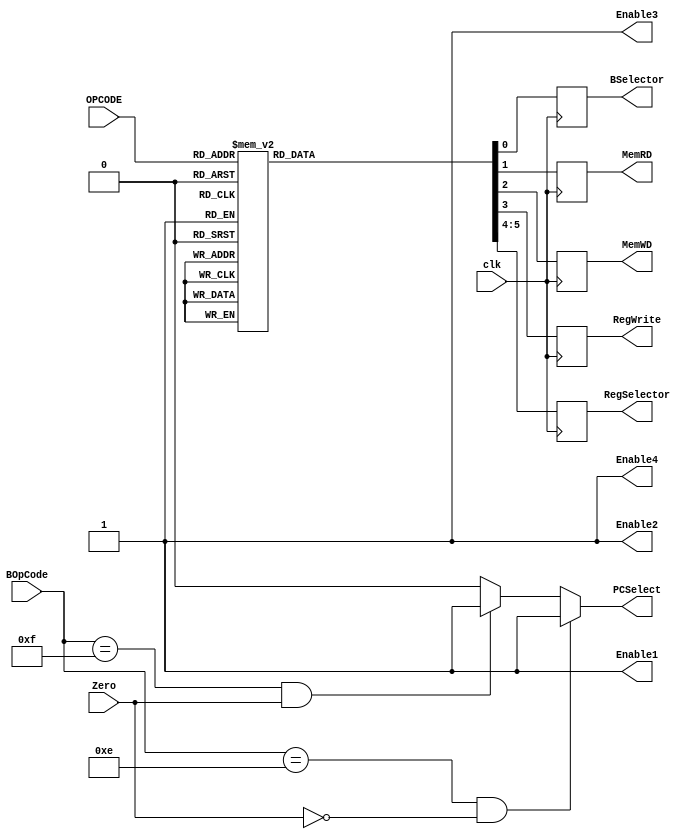
module ControlUnit (clk,OPCODE,BOpCode,Zero,BSelector,MemRD,MemWD,RegWrite,RegSelector,PCSelect,Enable1,Enable2,Enable3,Enable4);
	input wire clk;
	input [4:0] OPCODE;
	input [0:0] Zero;
	input [4:0] BOpCode;
	
	output reg[0:0] BSelector;
	output reg[0:0] MemRD;
	output reg[0:0] MemWD;
	output reg[0:0] RegWrite;
	output reg[1:0] RegSelector;
	output reg[0:0] PCSelect;
	output reg[0:0] Enable1;
	output reg[0:0] Enable2;
	output reg[0:0] Enable3;
	output reg[0:0] Enable4;
	
	parameter ADD = 5'd0;
   parameter SUB = 5'd1;
   parameter ADDI  = 5'd2;
	parameter SUBI = 5'd3;
	parameter MLT = 5'd4;
   parameter MLTI = 5'd5;
   parameter AND = 5'd6;
	parameter OR = 5'd7;
	parameter ANDI = 5'd8;
	parameter ORI = 5'd9;
	parameter SLR = 5'd10;
	parameter SLL = 5'd11;
	parameter LDR = 5'd12;
	parameter STR = 5'd13;
	parameter BNE = 5'd14;
	parameter BEQ = 5'd15;
	parameter J = 5'd16;
	parameter CMP = 5'd17;
	parameter NOP = 5'b11111;
	
	
	initial begin
		BSelector = 1'd0;
		PCSelect= 1'd0;
		MemRD = 1'd0;
		MemWD = 1'd0;
		RegWrite = 1'd0;
		RegSelector = 2'd0;
		Enable1 = 1'd1;
		Enable2 = 1'd1;
		Enable3 = 1'd1;
		Enable4 = 1'd1;
	end
	
	
	
	always @ (posedge clk) begin
		case(OPCODE)
			ADD:
				begin 
					BSelector = 1'd0;
					MemRD = 1'd0;
					MemWD = 1'd0;
					RegWrite = 1'd1;
					RegSelector = 2'd0;
				end
			SUB:
				begin
					BSelector =1'd0;
					MemRD = 1'd0;
					MemWD = 1'd0;
					RegWrite = 1'd1;
					RegSelector =2'd0 ;
				end
			ADDI:
				begin
					BSelector =1'd1;
					MemRD = 1'd0;
					MemWD = 1'd0;
					RegWrite = 1'd1;
					RegSelector = 2'd1;
				end
			SUBI:
				begin
					BSelector =1'd1;
					MemRD = 1'd0;
					MemWD = 1'd0;
					RegWrite = 1'd1;
					RegSelector = 2'd1;
				end
			MLT:
				begin
					BSelector =1'd0;
					MemRD = 1'd0;
					MemWD = 1'd0;
					RegWrite = 1'd1;
					RegSelector = 2'd0;
				end
			MLTI:
				begin
					BSelector =1'd1;
					MemRD = 1'd0;
					MemWD = 1'd0;
					RegWrite = 1'd1;
					RegSelector = 2'd1;
				end
			AND:
				begin
					BSelector =1'd0;
					MemRD = 1'd0;
					MemWD = 1'd0;
					RegWrite = 1'd1;
					RegSelector = 2'd0;
				end
			OR:
				begin
					BSelector =1'd0;
					MemRD = 1'd0;
					MemWD = 1'd0;
					RegWrite = 1'd1;
					RegSelector = 2'd0;
				end
			ANDI:
				begin
					BSelector =1'd1;
					MemRD = 1'd0;
					MemWD = 1'd0;
					RegWrite = 1'd1;
					RegSelector = 2'd1;
				end
			ORI:
				begin
					BSelector =1'd1;
					MemRD = 1'd0;
					MemWD = 1'd0;
					RegWrite = 1'd1;
					RegSelector = 2'd1;
				end
			SLR:
				begin
					BSelector =1'd1;
					MemRD = 1'd0;
					MemWD = 1'd0;
					RegWrite = 1'd1;
					RegSelector =2'd1;
				end
			SLL:
				begin
					BSelector = 1'd1;
					MemRD = 1'd0;
					MemWD = 1'd0;
					RegWrite = 1'd1;
					RegSelector = 2'd1;
				end
			LDR:
				begin
					BSelector =1'd1;
					MemRD = 1'd1;
					MemWD = 1'd0;
					RegWrite = 1'd1;
					RegSelector = 2'd2;
				end
			STR:
				begin
					BSelector =1'd1;
					MemRD = 1'd0;
					MemWD = 1'd1;
					RegWrite = 1'd1;
					RegSelector = 2'd2;
				end
			BNE:
				begin
					BSelector =1'd0;
					MemRD = 1'd0;
					MemWD = 1'd0;
					RegWrite = 1'd0;
					RegSelector = 2'd1;
				end
			BEQ:
				begin
					BSelector =1'd0;
					MemRD = 1'd0;
					MemWD = 1'd0;
					RegWrite = 1'd0;
					RegSelector = 2'd1;
				end
			J:
				begin
					BSelector =1'd0;
					MemRD = 1'd0;
					MemWD = 1'd0;
					RegWrite = 1'd0;
					RegSelector = 2'd0;
				end
			CMP:
				begin
					BSelector =1'd0;
					MemRD = 1'd0;
					MemWD =1'd0 ;
					RegWrite = 1'd1;
					RegSelector = 2'd0;
				end
			NOP:
				begin
					BSelector = 1'd0;
					MemRD = 1'd0;
					MemWD = 1'd0;
					RegWrite = 1'd0;
					RegSelector = 2'd0;
				end
			default:
				begin
					BSelector = 1'd0;
					MemRD = 1'd0;
					MemWD = 1'd0;
					RegWrite = 1'd0;
					RegSelector = 2'd0;
				end 
		endcase
	end
	
	always @ (Zero,BOpCode) begin
	   if (BOpCode==BNE && !Zero) PCSelect=1'd1; 
        else if (BOpCode==BEQ && Zero) PCSelect=1'd1;
        else PCSelect=1'd0;
    end
    

endmodule